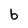
Character: b